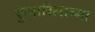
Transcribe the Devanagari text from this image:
कुमारिलाच्या